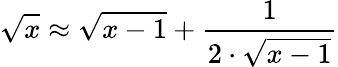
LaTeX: {\sqrt{x}}\approx{\sqrt{x-1}}+{\frac{1}{2\cdot{\sqrt{x-1}}}}